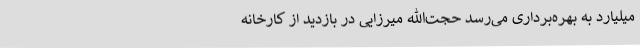
میلیارد به بهره‌برداری می‌رسد حجت‌الله میرزایی در بازدید از کارخانه